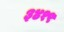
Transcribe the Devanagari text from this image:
३४१९